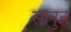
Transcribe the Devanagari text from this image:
सानुज्ञ